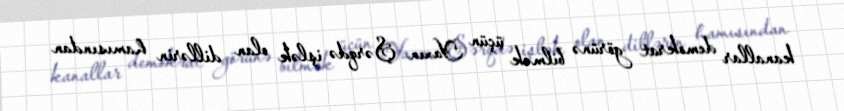
kanallar demokrat görünə bilmək üçün Yaxın Şərqdə işlək olan dillərin hamısından